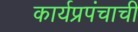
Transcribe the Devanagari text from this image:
कार्यप्रपंचाची